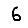
Digit: 6